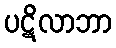
ပဋိလာဘာ